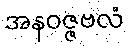
အနဝဇ္ဇဗလံ